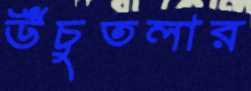
উঁচুতলার